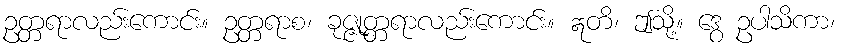
ဥတ္တရာလည်းကောင်း။ ဥတ္တရာစ၊ ခုဇ္ဇုတ္တရာလည်းကောင်း။ ဣတိ၊ ဤသို့။ ဒွေ ဥပါသိကာ၊